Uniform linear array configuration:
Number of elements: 32
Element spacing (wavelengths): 1
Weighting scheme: binomial
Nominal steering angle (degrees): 15
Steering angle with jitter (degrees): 16.556
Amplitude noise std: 0.05
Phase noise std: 0.05

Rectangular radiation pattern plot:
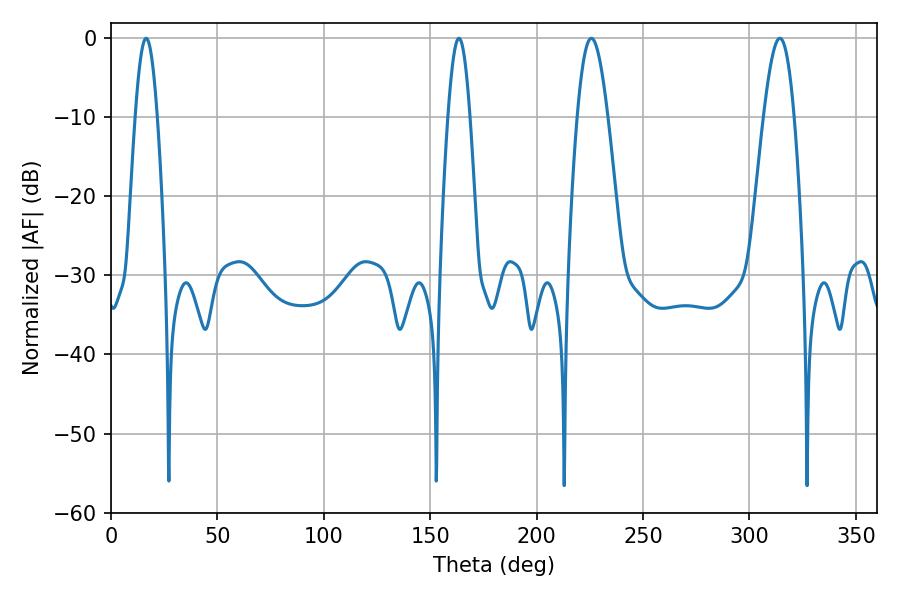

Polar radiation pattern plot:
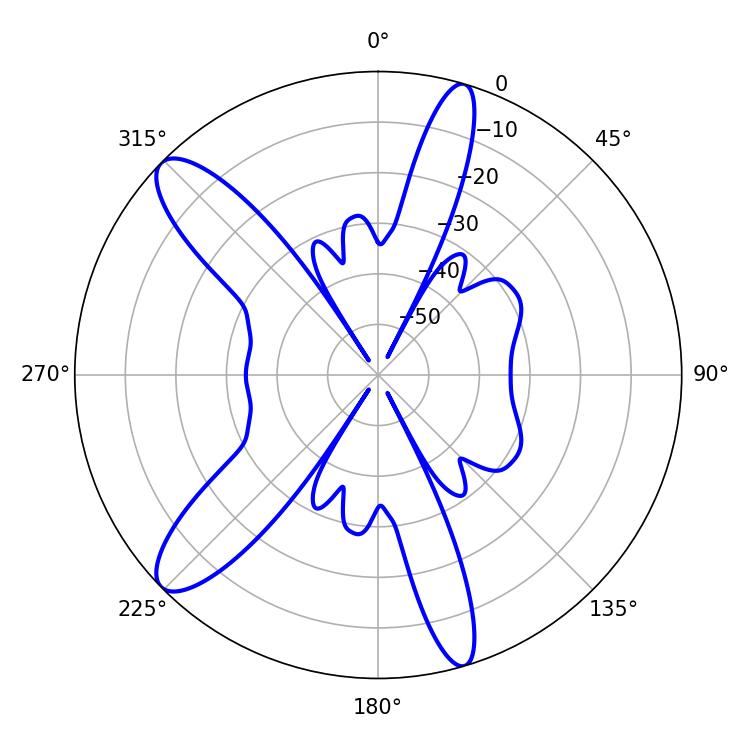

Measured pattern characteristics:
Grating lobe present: TRUE
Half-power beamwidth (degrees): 7.74
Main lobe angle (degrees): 225.72